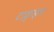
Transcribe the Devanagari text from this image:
टाङ्गाइल